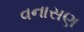
વનાસણ